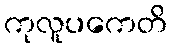
ကုလူပကေတိ